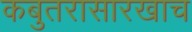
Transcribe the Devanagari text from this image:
कबुतरासारखाच